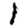
Digit: 1